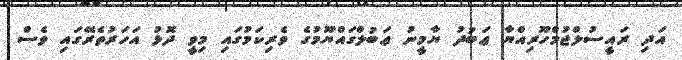
އަދި ރައީސުލްޖުމްހޫރިއްޔާ ޢަބުދު ޔާމީނު ޢަބުލްގައްޔޫމުގެ ވެރިކަމުގައި މިވީ ދޮޅު އަހަރުތެރޭގައި ވެސް